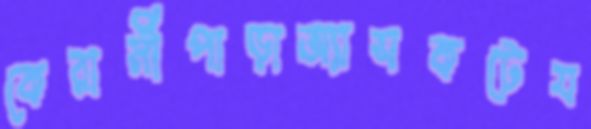
কেরানীপাড়াঅ্যাসকটেয